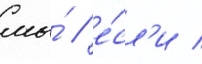
мы́ / е́сл'и /